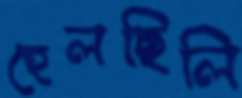
হেলছিলি